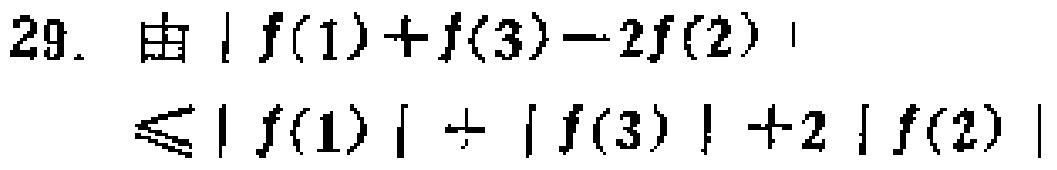
29. 由 \(|f(1)+f(3)-2f(2)|\)
\(\leqslant|f(1)|+|f(3)| + 2|f(2)|\)